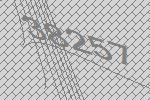
38257